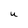
Character: U